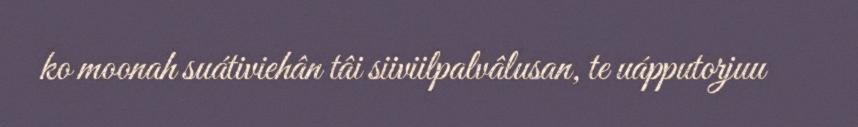
ko moonah suátiviehân tâi siiviilpalvâlusan, te uápputorjuu